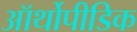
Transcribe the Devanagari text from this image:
ऑर्थोपीडिक